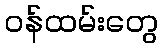
ဝန်ထမ်းတွေ